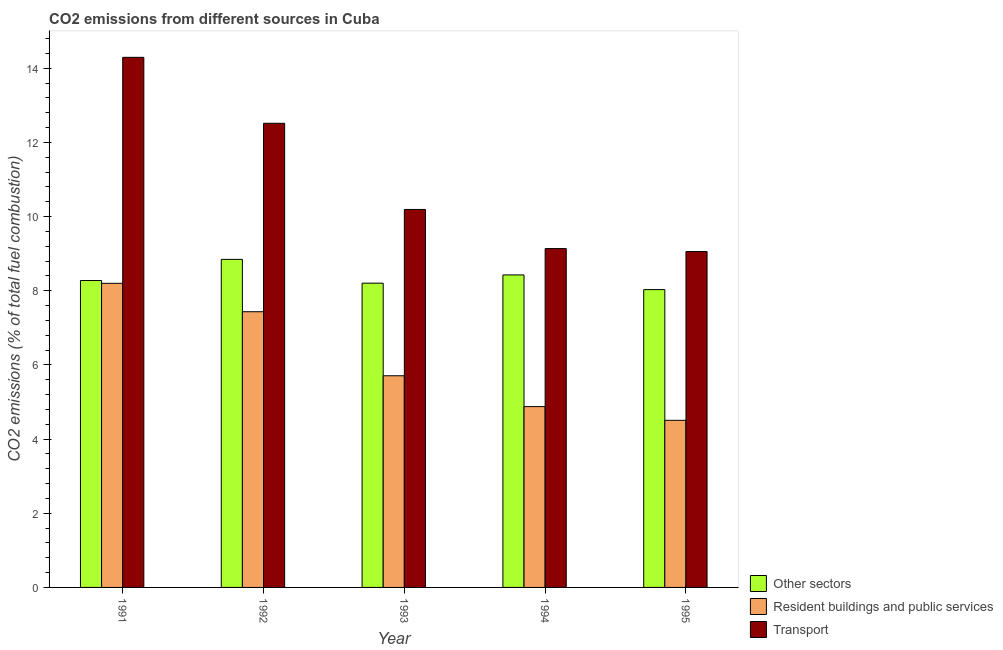
| Year | Other sectors | Resident buildings and public services | Transport |
 | --- | --- | --- | --- |
 | 1991 | 8.28 | 8.2 | 14.3 |
 | 1992 | 8.85 | 7.44 | 12.5 |
 | 1993 | 8.21 | 5.71 | 10.2 |
 | 1994 | 8.43 | 4.88 | 9.14 |
 | 1995 | 8.03 | 4.51 | 9.06 |